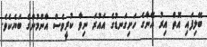
ބޭލިފައި އޮތް އިރު އޭނާގެ ހަށިގަނޑުގެ އައުރަ ނިވާ ކުރީވެސް އާންމުންގެ ބަޔެކެވެ.